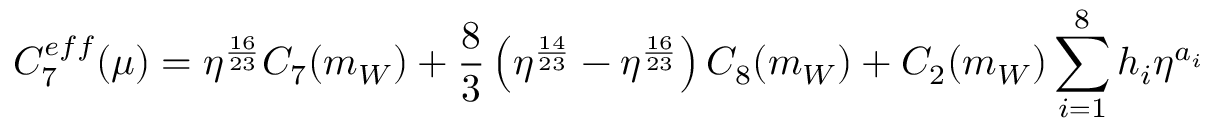
C _ { 7 } ^ { e f f } ( \mu ) = \eta ^ { \frac { 1 6 } { 2 3 } } C _ { 7 } ( m _ { W } ) + \frac { 8 } { 3 } \left( \eta ^ { \frac { 1 4 } { 2 3 } } - \eta ^ { \frac { 1 6 } { 2 3 } } \right) C _ { 8 } ( m _ { W } ) + C _ { 2 } ( m _ { W } ) \sum _ { i = 1 } ^ { 8 } h _ { i } \eta ^ { a _ { i } }